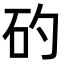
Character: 𥐝